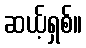
ဆယ့်ရှစ်။